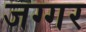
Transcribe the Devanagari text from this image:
जग्गर